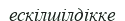
ескілшілдікке